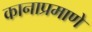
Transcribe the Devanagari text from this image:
कानाप्रमाणे